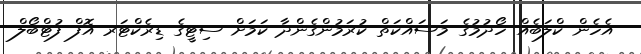
އެހެން ކްލަބެއް ހޯދުމުގެ މަސައްކަތް ކުރަމުންގެންދާ ކަމަށް ސިޓީގެ ޑިރެކްޓަރ އޮފް ފުޓްބޯލް